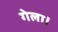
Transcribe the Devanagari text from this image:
गेला।